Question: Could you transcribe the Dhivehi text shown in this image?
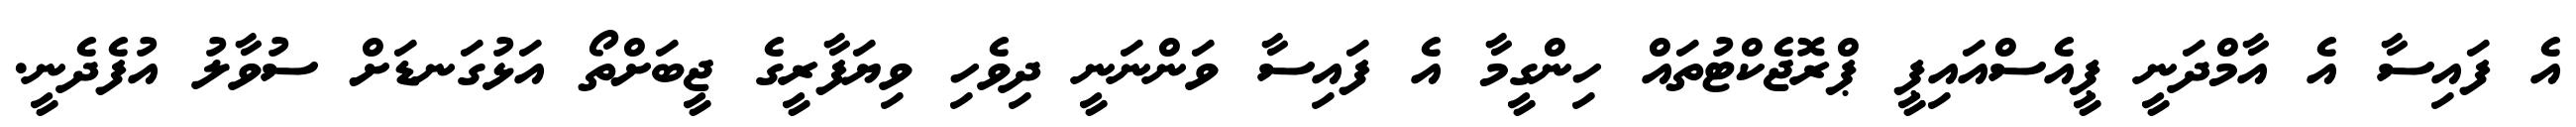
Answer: އެ ފައިސާ އެ އާމްދަނީ ޕީއެސްއައިޕީ ޕްރޮޖެކްޓުތައް ހިންގީމާ އެ ފައިސާ ވަންނަނީ ދިވެހި ވިޔަފާރީގެ ޖީބަށްތޯ އަޅުގަނޑަށް ސުވާލު އުފެދެނީ.